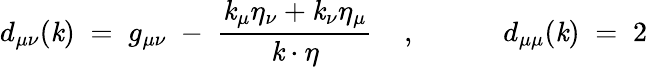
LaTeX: d_{\mu\nu}(\mathit{k})\; =\; g_{\mu\nu}\; -\; \frac{{\mathit{k}_{\mu}\eta_{\nu}+\mathit{k}_{\nu}\eta_{\mu}}}{{\mathit{k}\cdot\eta}}\; \; \; \; ,\; \; \; \; \; \; \; \; \; \; \; d_{\mu\mu}(\mathit{k})\; =\; 2